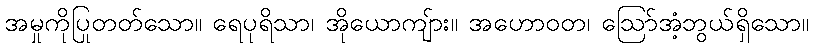
အမှုကိုပြုတတ်သော။ ရေပုရိသာ၊ အိုယောကျ်ား။ အဟောဝတ၊ ဩော်အံ့ဘွယ်ရှိသော။